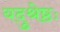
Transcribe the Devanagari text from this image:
यदुश्रेष्ठः